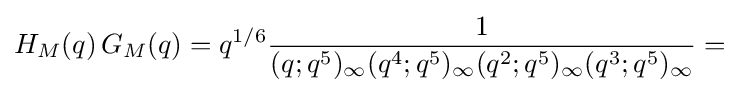
H_{M}(q)\,G_{M}(q)=q^{1/6}{\frac {1}{(q;q^{5})_{\infty }(q^{4};q^{5})_{\infty }(q^{2};q^{5})_{\infty }(q^{3};q^{5})_{\infty }}}=